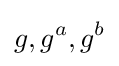
g,g^{a},g^{b}